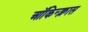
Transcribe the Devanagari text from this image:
ऑकिन्क्लास